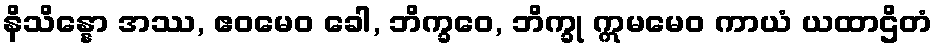
နိသိန္နော အဿ, ဧဝမေဝ ခေါ, ဘိက္ခဝေ, ဘိက္ခု ဣမမေဝ ကာယံ ယထာဌိတံ